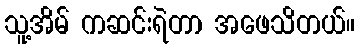
သူ့အိမ် ကဆင်းရဲတာ အဖေသိတယ်။